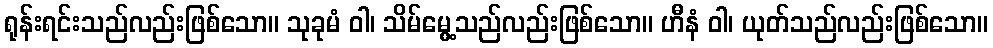
ရုန်းရင်းသည်လည်းဖြစ်သော။ သုခုမံ ဝါ၊ သိမ်မွေ့သည်လည်းဖြစ်သော။ ဟီနံ ဝါ၊ ယုတ်သည်လည်းဖြစ်သော။